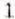
1